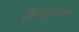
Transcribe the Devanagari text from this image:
रीपोर्टिंग